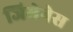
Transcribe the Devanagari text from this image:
जिमेनेस